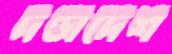
দণ্ডাদেশ